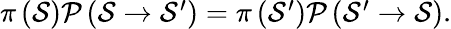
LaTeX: \begin{array}{r}{\pi\left(\mathcal{S}\right)\mathcal{P}\left(\mathcal{S}\rightarrow\mathcal{S}^{\prime}\right)=\pi\left(\mathcal{S}^{\prime}\right)\mathcal{P}\left(\mathcal{S}^{\prime}\rightarrow\mathcal{S}\right).}\end{array}